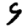
Digit: 9